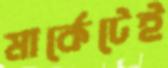
মার্কেটেই